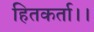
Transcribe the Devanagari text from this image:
हितकर्ता।।